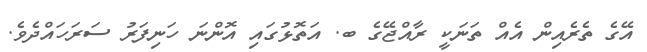
އޭގެ ތެރެއިން އެއް ތަނަކީ ރާއްޖޭގެ ބ. އަތޮޅުގައި އޮންނަ ހަނިފަރު ސަރަހައްދެވެ.